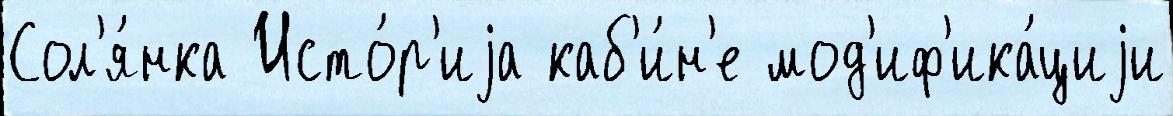
Сол'я́нка Исто́р'иjа каб'и́н'е мод'иф'ика́циjи